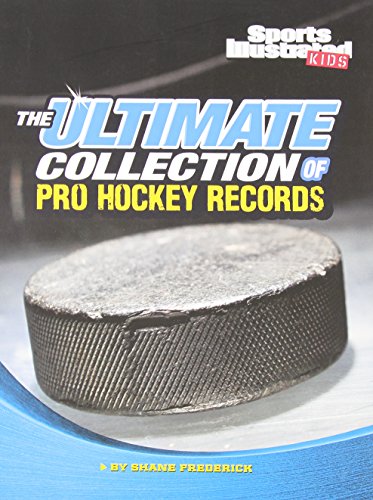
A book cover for The Ultimate Collection of Pro Hockey Records (For the Record); Shane Frederick; Children's Books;